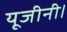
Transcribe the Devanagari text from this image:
यूजीनी।